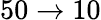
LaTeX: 50\rightarrow 10